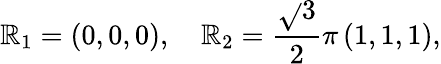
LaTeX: \mathbb{R}_{1}=\left(0,0,0\right),\quad\mathbb{R}_{2}=\frac{{\sqrt{}{3}}}{{2}}\pi\left(1,1,1\right),